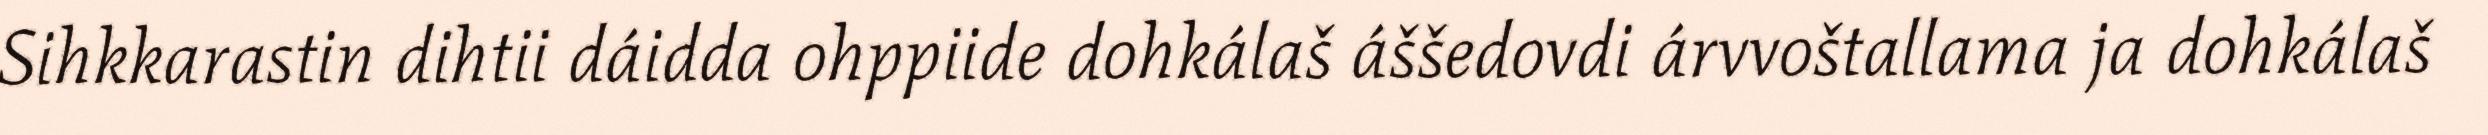
Sihkkarastin dihtii dáidda ohppiide dohkálaš áššedovdi árvvoštallama ja dohkálaš